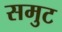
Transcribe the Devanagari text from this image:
समुट